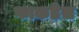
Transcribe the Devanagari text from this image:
फाकडेस